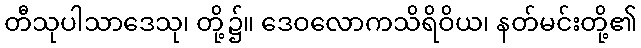
တီသုပါသာဒေသု၊ တို့၌။ ဒေဝလောကသိရိဝိယ၊ နတ်မင်းတို့၏